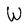
Character: W